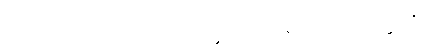
ဤစကားကိုလည်း။ ဥက္ကဋ္ဌပရိစ္ဆေဒဝသေနေဝ၊ ဥက္ကဋ္ဌပရိစ္ဆေဒ၏